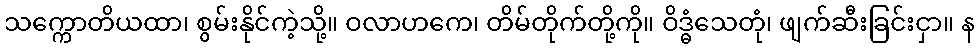
သက္ကောတိယထာ၊ စွမ်းနိုင်ကဲ့သို့။ ဝလာဟကေ၊ တိမ်တိုက်တို့ကို။ ဝိဒ္ဓံသေတုံ၊ ဖျက်ဆီးခြင်းငှာ။ န